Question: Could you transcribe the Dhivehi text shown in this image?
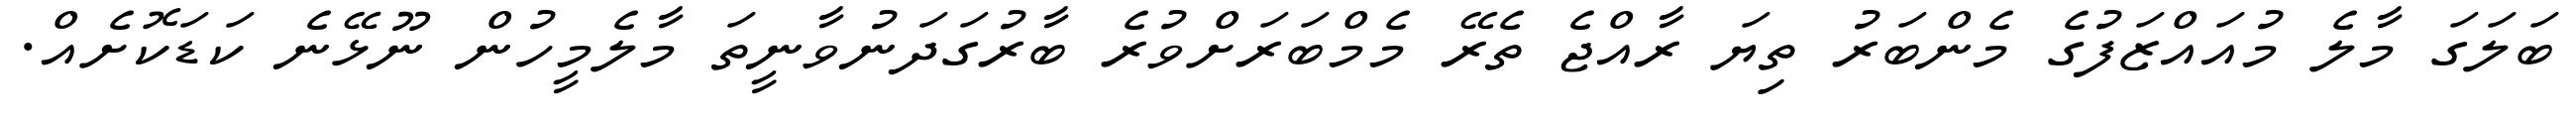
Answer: ބަލަގަ މާލެ މުއައްޒަފުގެ މެންބަރު ތިޔަ ރާއްޖެ ތެރޭ މެމްބަރަށްވުރެ ބާރުގަދަނުވާނީތަ މާލެމީހުން ނޫޅޭނެ ކަޑަކޮށެއް.